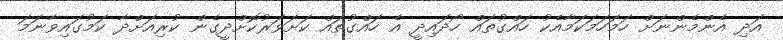
އަދި އެންމެންނަށް ހަމަހަމަކަމާއެކު ހައްގުތައް ހޯދައިދީ އެ ހައްގުތައް ކަށަވަރުކޮށްދީގެން ކުރިއަށްދާ ކަމުގައިވާނަމަ